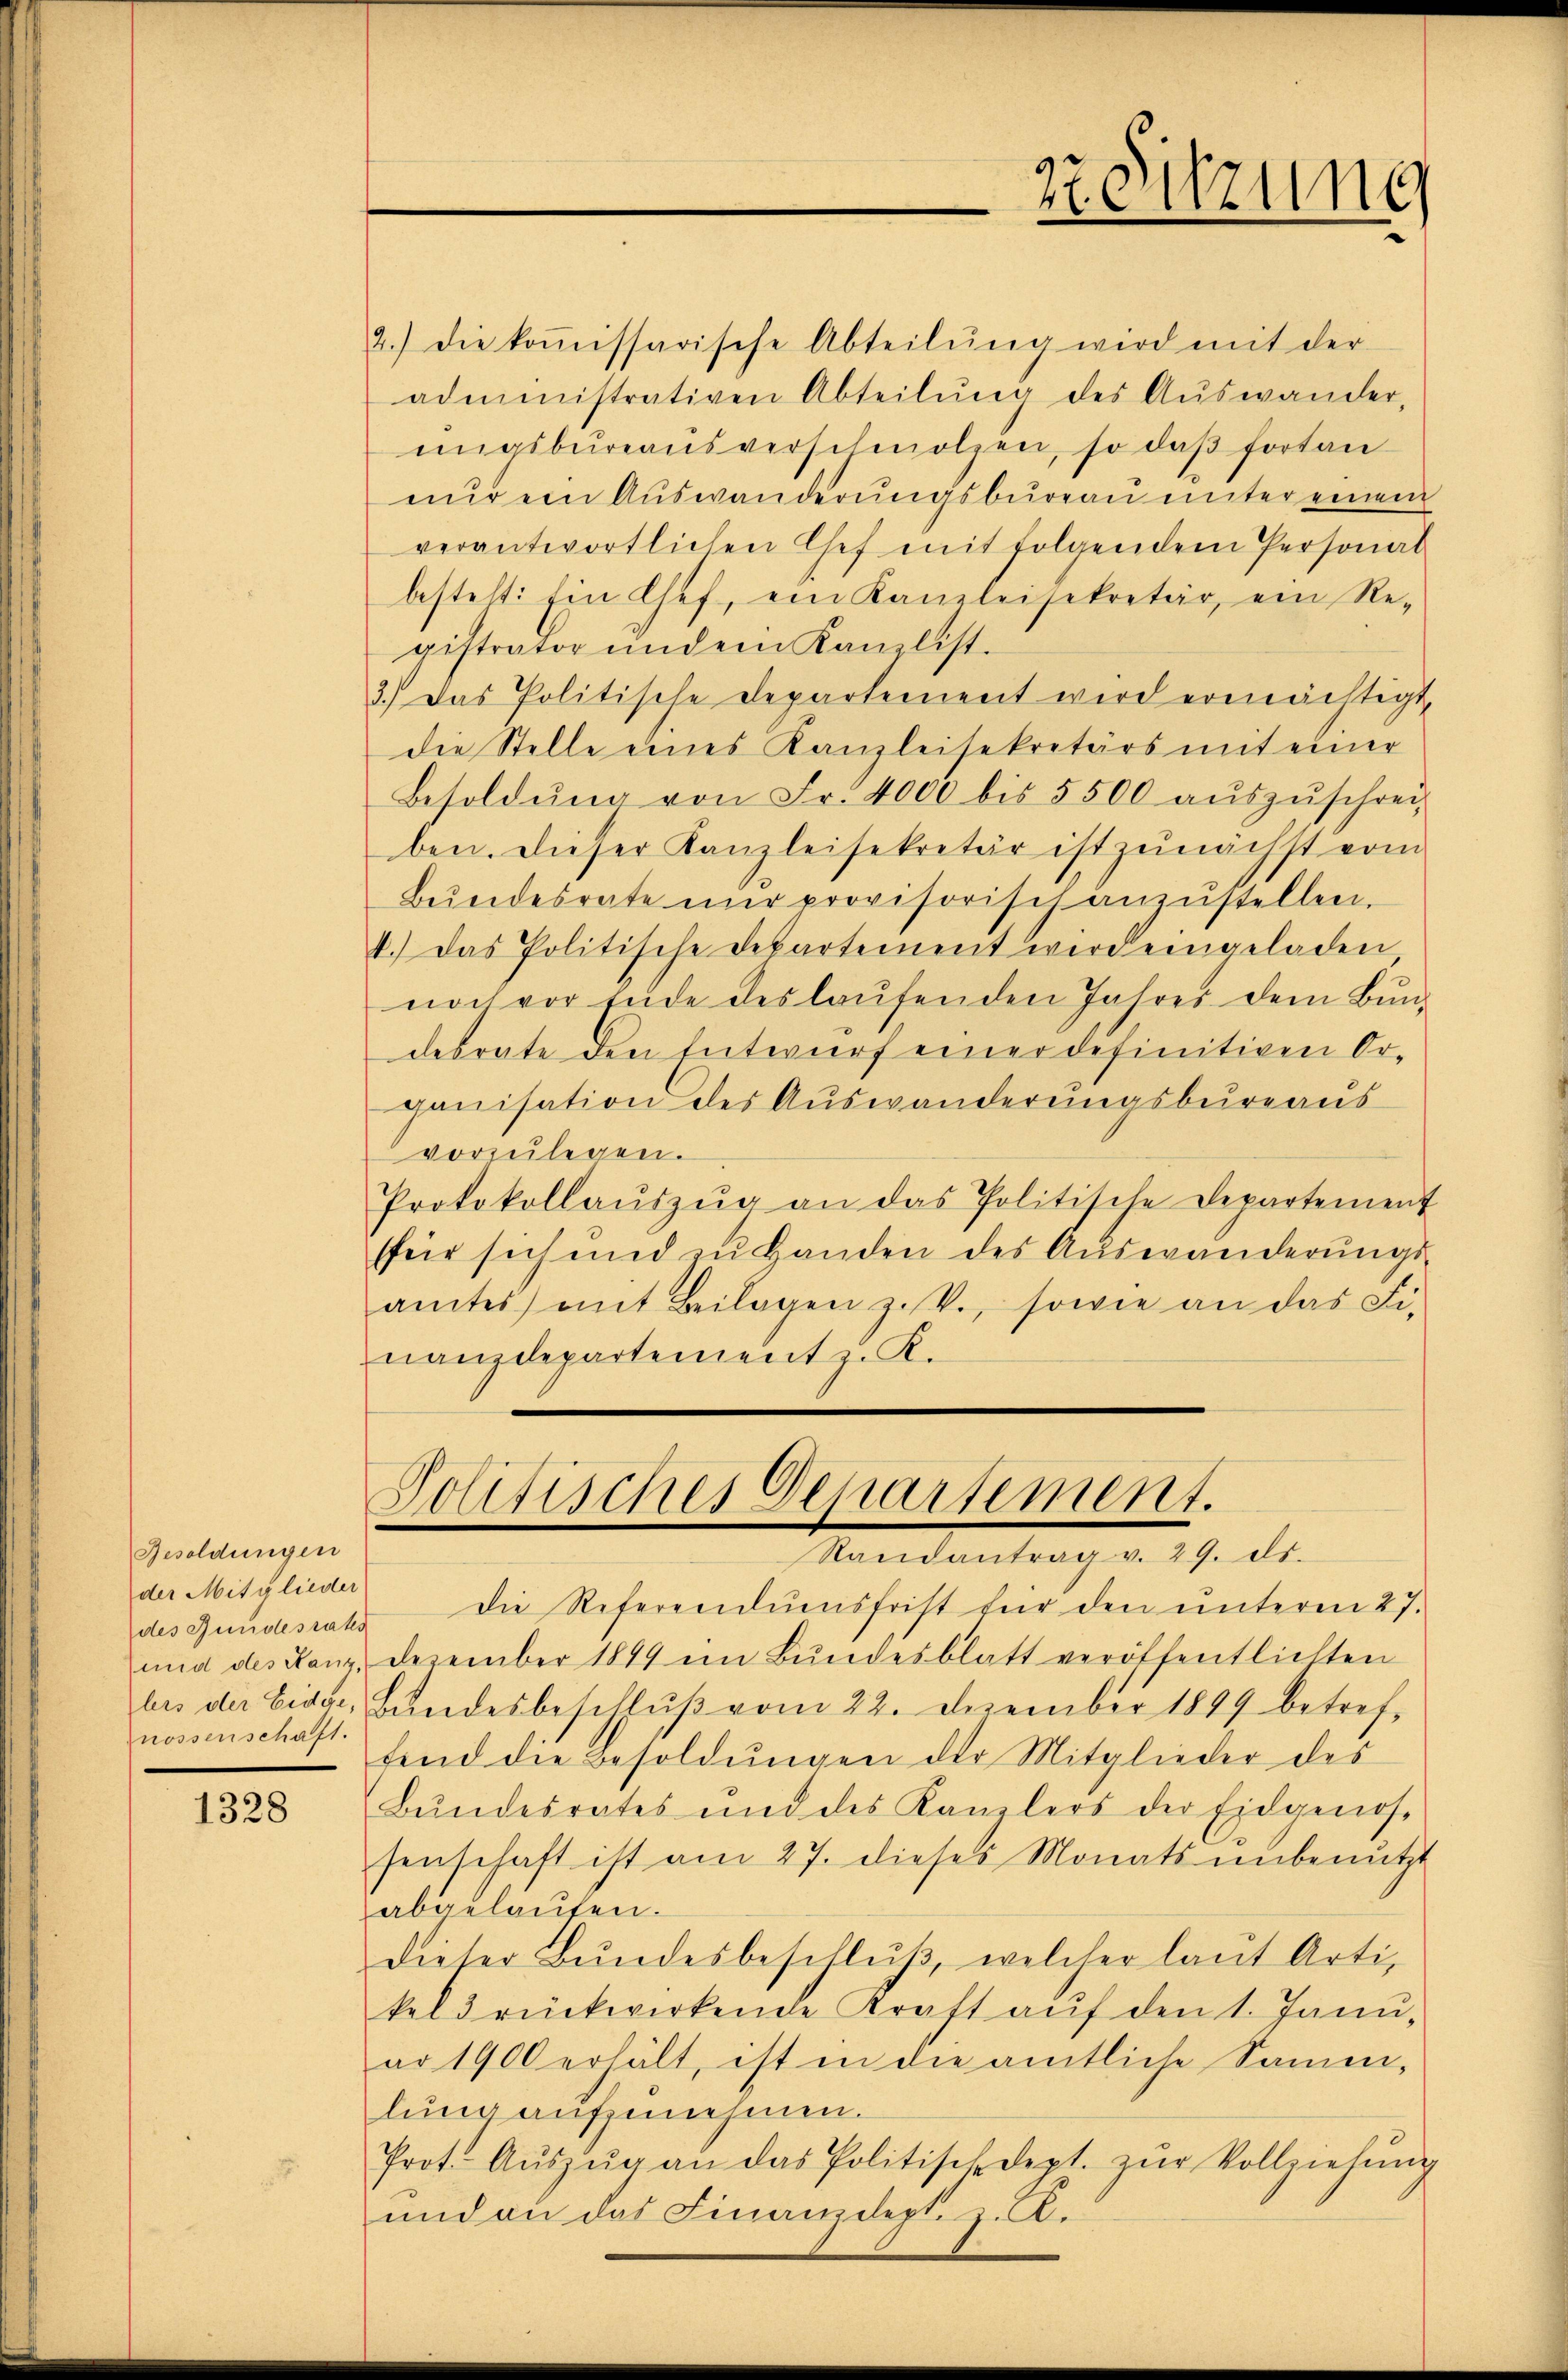
Besoldungen
der Mitglieder
des Bundesrates
und des Stanz,
nossenschaft.

1328

2.) die koṁissarische Abteilŭng wird mit der
administrativen Abteilŭng des Aŭswander,
ŭngsbüreaŭsverschmolzen, so daβ fortan
nur ein Auswanderungsbureau unter einem
verantwortlichen Chef mit folgendem Personal
besteht: Ein Chef, ein Kanzleisekretär, ein Re-
gistrator undem Kanzlist.
3.) Das Politische Departement wird ermächtigt,
die Stelle eines Kanzleisekretärs mit einer
Besoldŭng von Fr. 4000 bis 5500 aŭszŭschrei-
ben. Dieser Kanzleisekretär ist zunächst vom
Bŭndesrate nŭr provisorisch anzŭstellen.
4.) Das Politische Departement wird eingeladen
noch vor Ende des laŭfenden Jahres dem Bundesrate den Entwurf einer definitiven Organisation des Auswanderungsbureaus
vorzŭlegen.
Protokollaŭszŭg an das Politische Departement
ffer sich und zu Handen des Auswanderŭngs-
amtes mit Beilagen zu P., sowie an das Fi-
nanzdepartement z. K.

27. Sitzung

Politisches Departement.
Randantrag v. 29. ds.

die Referenduesfrist für den unterm 27.
Dezember 1849 im Bundesblatt veröffentlichten
bes der Eidge, Bŭndesbeschlŭβ vom 22. Dezember 1899 betref
fend die Besoldŭngen der Mitglieder des
Bŭndesrates und des Kanzlers der Eidgenos-
senschaft ist am 27. dieses Monats ŭnbenutzt
abgelaŭfen.
dieser Bŭndesbeschlŭβ, welcher laŭt Arti,
kel drückwirkende Kraft auf den 1. Janu,
ar 1900 erhält, ist in die amtliche Samen,
lung aufzunehmen.
Prot. Aŭszŭg an das Politisch dept. zŭr Vollziehŭng
und an das Finanzdept d. S.